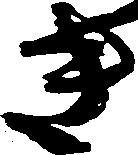
き